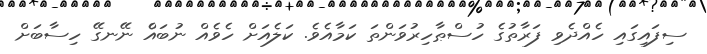
ސިފައިގައި ހެއްދެވި ފަރާތުގެ ހުސްޠާހިރުވަންތަ ކަމާއެވެ. ކަލެއަށް ހެވެއް ނުބައެް ނޭނގޭ ހިސާބަށް